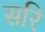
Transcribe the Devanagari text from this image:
सरि